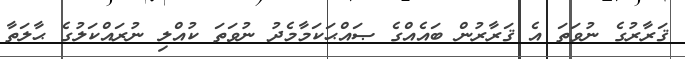
ޤަރާރުގެ ނުވަތަ އެ ޤަރާރުން ބައެއްގެ ޞައްޙަކަމާމެދު ނުވަތަ ކުއްލި ނުރައްކަލުގެ ޙާލަތާ